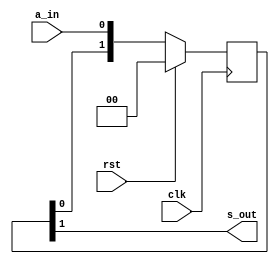
// SPDX-License-Identifier: CERN-OHL-P
//
// Copyright 2022-2024 Wavelet Lab
//
// USDR PROJECT
// CLEAN
//
// a_in  -- async input
// s_out -- sync output
module synchronizer #(
   parameter INIT         = 0,
   parameter ASYNC_RESET  = 0,
   parameter SYNC_STAGES  = 2
) (
   input  clk,
   input  rst,
   input  a_in,
   output s_out
);

(* ASYNC_REG = "TRUE" *)
reg [SYNC_STAGES-1:0] sreg;
assign                s_out = sreg[SYNC_STAGES-1];

generate
if (ASYNC_RESET) begin
  always @(posedge clk or posedge rst) sreg <= rst ? {SYNC_STAGES{INIT}} : { sreg[SYNC_STAGES-2:0], a_in };
end else begin
  always @(posedge clk)                sreg <= rst ? {SYNC_STAGES{INIT}} : { sreg[SYNC_STAGES-2:0], a_in };
end
endgenerate

endmodule